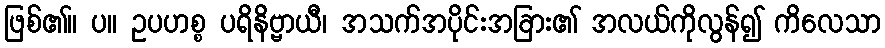
ဖြစ်၏။ ပ။ ဥပဟစ္စ ပရိနိဗ္ဗာယီ၊ အသက်အပိုင်းအခြား၏ အလယ်ကိုလွန်၍ ကိလေသာ